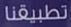
تطبيقنا